Burma Government Medical School reports 1923-41
Year: 1923
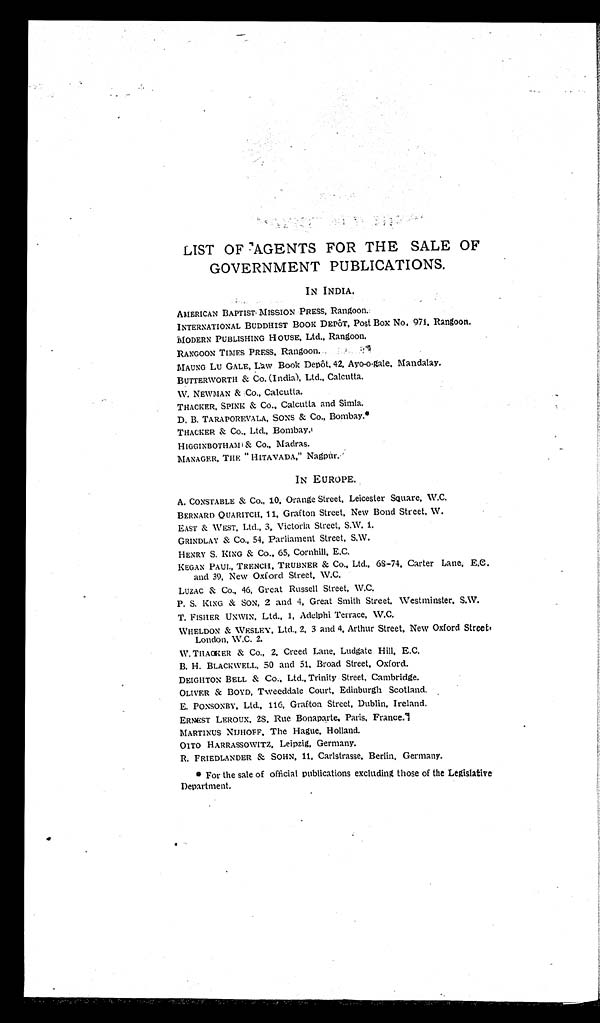
LIST OF AGENTS FOR THE SALE OF
GOVERNMENT PUBLICATIONS.
IN INDIA.
AMERICAN BAPTIST MISSION PRESS, Rangoon.
INTERNATIONAL BUDDHIST BOOK DEPÔT, Post Box No. 971, Rangoon.
MODERN PUBLISHING HOUSE, Ltd., Rangoon.
RANGOON TIMES PRESS, Rangoon.
MAUNG LU GALE, Law Book Depôt, 42, Ayo-o-gale, Mandalay.
BUTTERWORTH & Co. (India), Ltd., Calcutta.
W. NEWMAN & Co., Calcutta.
THACKER, SPI NK & Co . , Ca l c u t t a a n d Si ml a .
D. B. TARAPOREVALA, SONS & Co., Bombay.
*
THACKER & Co., Ltd., Bombay.
HIGGINBOTHAM & Co., Madras.
MANAGER, THE " HITAVADA, " Nagpur.
IN EUROPE.
A. CONSTABLE & Co., 10, Orange Street, Leicester Square, W.C.
BERNARD QUARITCH, 11, Grafton Street, New Bond Street, W.
EAST & WEST. Ltd., 3, Victoria Street, S.W. 1.
GRINDLAY & Co., 54, Parliament Street, S.W.
HENRY S. KING & Co., 65, Cornhill, E.C.
KEGAN PAUL, TRENCH, TRUBNER & Co., Ltd., 68-74, Carter Lane, E.C.
and 39, New Oxford Street, W.C.
LUZAC & Co., 46, Great Russell Street, W.C.
P . S . KI NG & S ON, 2 a n d 4 , Gr e a t S mi t h S t r e e t , We s t mi n s t e r . S . W.
T. F I S HER UNWI N, Lt d . , 1 , Ad e l p h i Te r r a c e , W. C.
WHELDON & WESLEY, Ltd., 2, 3 and 4, Arthur Street, New Oxford Street,
London, W.C. 2.
W . T H A C K E R & C o . , 2 , C r e e d L a n e , L u d g a t e H i l l , E . C .
B. H. BLACKWELL, 50 and 51, Broad Street, Oxford.
DEIGHTON BELL & Co., Ltd., Trinity Street, Cambridge.
OLIVER & BOYD, Tweeddale Court, Edinburgh Scotland.
E. PONSONBY, Ltd., 116, Grafton Street, Dublin, Ireland.
ERNEST LEROUX, 28, Rue Bonaparte, Paris, France.
MARTINUS NIJHOFF, The Hague, Holland.
OITO HARRASSOWITZ, Leipzig, Germany.
R. FRIEDLANDER & SOHN, 11, Carlstrasse, Berlin, Germany.
* For t he s al e of of f i ci al publ i cat i ons excl udi ng t hos e of t he Legi s l at i ve
Department.